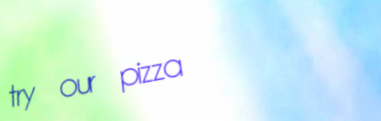
try our pizza